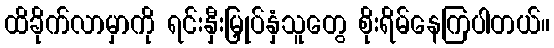
ထိခိုက်လာမှာကို ရင်းနှီးမြှုပ်နှံသူတွေ စိုးရိမ်နေကြပါတယ်။